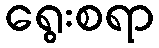
ရွေးစရာ